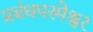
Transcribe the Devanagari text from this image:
प्रबंधपरमेश्वर